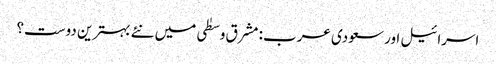
اسرائیل اور سعودی عرب: مشرق وسطٰی میں نئے بہترین دوست؟